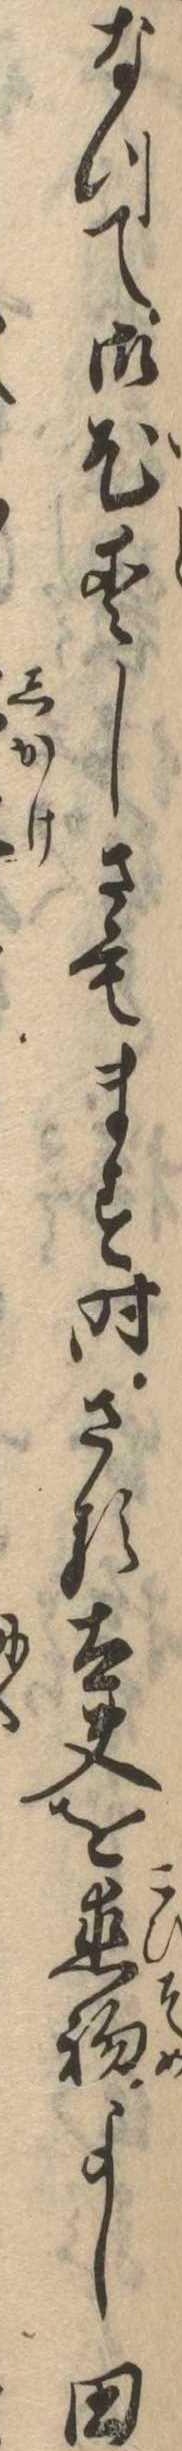
なつて御尤愛しさもます時さる太夫を恋初よし田